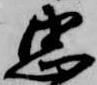
忠